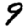
Digit: 9